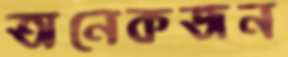
অনেকজন